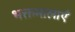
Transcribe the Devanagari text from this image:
भक्तमालाएँ